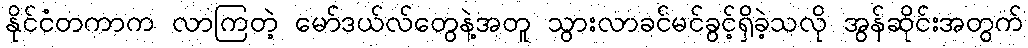
နိုင်ငံတကာက လာကြတဲ့ မော်ဒယ်လ်တွေနဲ့အတူ သွားလာခင်မင်ခွင့်ရှိခဲ့သလို အွန်ဆိုင်းအတွက်